Indian journal of veterinary science and animal husbandry - Volumes 28-29, 1958-1959
Year: 1958
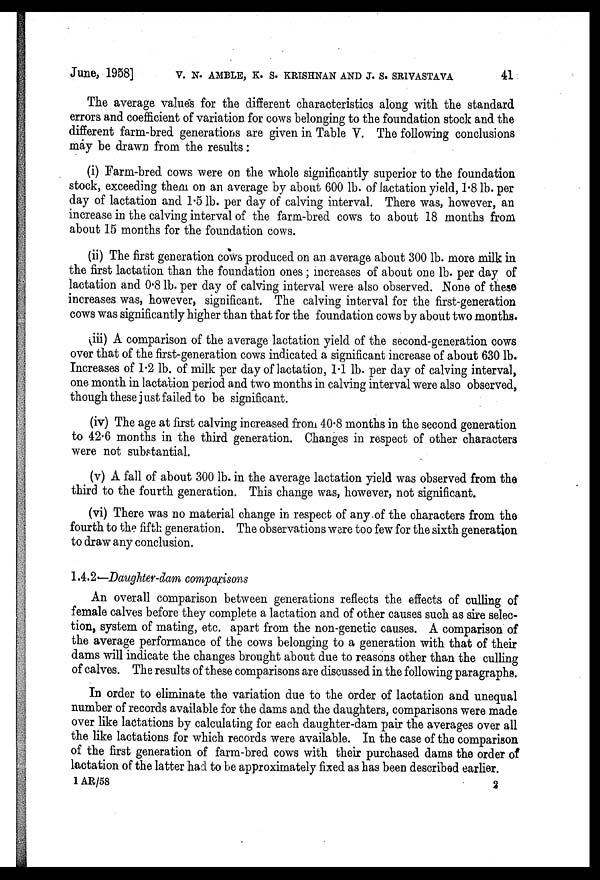
June, 1958] V. N. AMBLE, K. S. KRISHNAN AND J. S. SRIVASTAVA 41
The average values for the different characteristics along with the standard
errors and coefficient of variation for cows belonging to the foundation stock and the
different farm-bred generations are given in Table V. The following conclusions
may be drawn from the results :
(i) Farm-bred cows were on the whole significantly superior to the foundation
stock, exceeding them on an average by about 600 lb. of lactation yield, 1.8 lb. per
day of lactation and 1.5 lb. per day of calving interval. There was, however, an
increase in the calving interval of the farm-bred cows to about 18 months from
about 15 months for the foundation cows.
(ii) The first generation cows produced on an average about 300 lb. more milk in
the first lactation than the foundation ones ; increases of about one lb. per day of
lactation and 0.8 lb. per day of calving interval were also observed. None of these
increases was, however, significant. The calving interval for the first-generation
cows was significantly higher than that for the foundation cows by about two months.
(iii) A comparison of the average lactation yield of the second-generation cows
over that of the first-generation cows indicated a significant increase of about 630 lb.
Increases of 1.2 lb. of milk per day of lactation, 1.1 lb. per day of calving interval,
one month in lactation period and two months in calving interval were also observed,
though these just failed to be significant.
(iv) The age at first calving increased from 40.8 months in the second generation
to 42.6 months in the third generation. Changes in respect of other characters
were not substantial.
(v) A fall of about 300 lb. in the average lactation yield was observed from the
third to the fourth generation. This change was, however, not significant.
(vi) There was no material change in respect of any of the characters from the
fourth to the fifth generation. The observations were too few for the sixth generation
to draw any conclusion.
1.4.2—Daughter-dam comparisons
An overall comparison between generations reflects the effects of culling of
female calves before they complete a lactation and of other causes such as sire selec-
tion, system of mating, etc. apart from the non-genetic causes. A comparison of
the average performance of the cows belonging to a generation with that of their
dams will indicate the changes brought about due to reasons other than the culling
of calves. The results of these comparisons are discussed in the following paragraphs.
In order to eliminate the variation due to the order of lactation and unequal
number of records available for the dams and the daughters, comparisons were made
over like lactations by calculating for each daughter-dam pair the averages over all
the like lactations for which records were available. In the case of the comparison
of the first generation of farm-bred cows with their purchased dams the order of
lactation of the latter had to be approximately fixed as has been described earlier.
1 AR/58
2